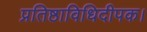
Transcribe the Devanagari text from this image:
प्रतिष्ठाविधिदीपक।